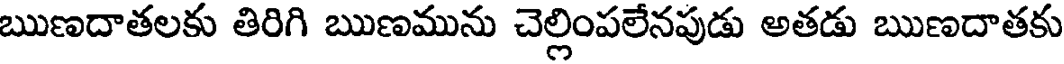
ఋణదాతలకు తిరిగి ఋణమును చెల్లింపలేనపుడు అతడు ఋణదాతకు